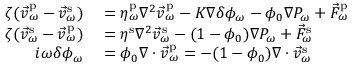
\begin{array} { r l } { \zeta ( \vec { v } _ { \omega } ^ { \mathrm { p } } - \vec { v } _ { \omega } ^ { \mathrm { s } } ) } & { { } = \eta _ { \omega } ^ { \mathrm { p } } \nabla ^ { 2 } \vec { v } _ { \omega } ^ { \mathrm { p } } - K \nabla \delta \phi _ { \omega } - \phi _ { 0 } \nabla P _ { \omega } + \vec { F } _ { \omega } ^ { \mathrm { p } } } \\ { \zeta ( \vec { v } _ { \omega } ^ { \mathrm { s } } - \vec { v } _ { \omega } ^ { \mathrm { p } } ) } & { { } = \eta ^ { \mathrm { s } } \nabla ^ { 2 } \vec { v } _ { \omega } ^ { \mathrm { s } } - ( 1 - \phi _ { 0 } ) \nabla P _ { \omega } + \vec { F } _ { \omega } ^ { \mathrm { s } } } \\ { i \omega \delta \phi _ { \omega } } & { { } = \phi _ { 0 } \nabla \cdot \vec { v } _ { \omega } ^ { \mathrm { p } } = - ( 1 - \phi _ { 0 } ) \nabla \cdot \vec { v } _ { \omega } ^ { \mathrm { s } } } \end{array}